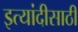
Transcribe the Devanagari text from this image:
इत्यांदीसाठी